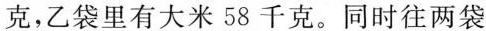
克，乙袋里有大米 58 千克。同时往两袋